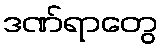
ဒဏ်ရာတွေ